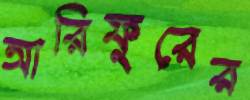
আরিফুরের